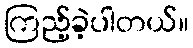
ကြည့်ခဲ့ပါတယ်။